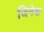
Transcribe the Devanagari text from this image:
जिनेक